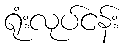
ရုံးလုပ်ငန်း